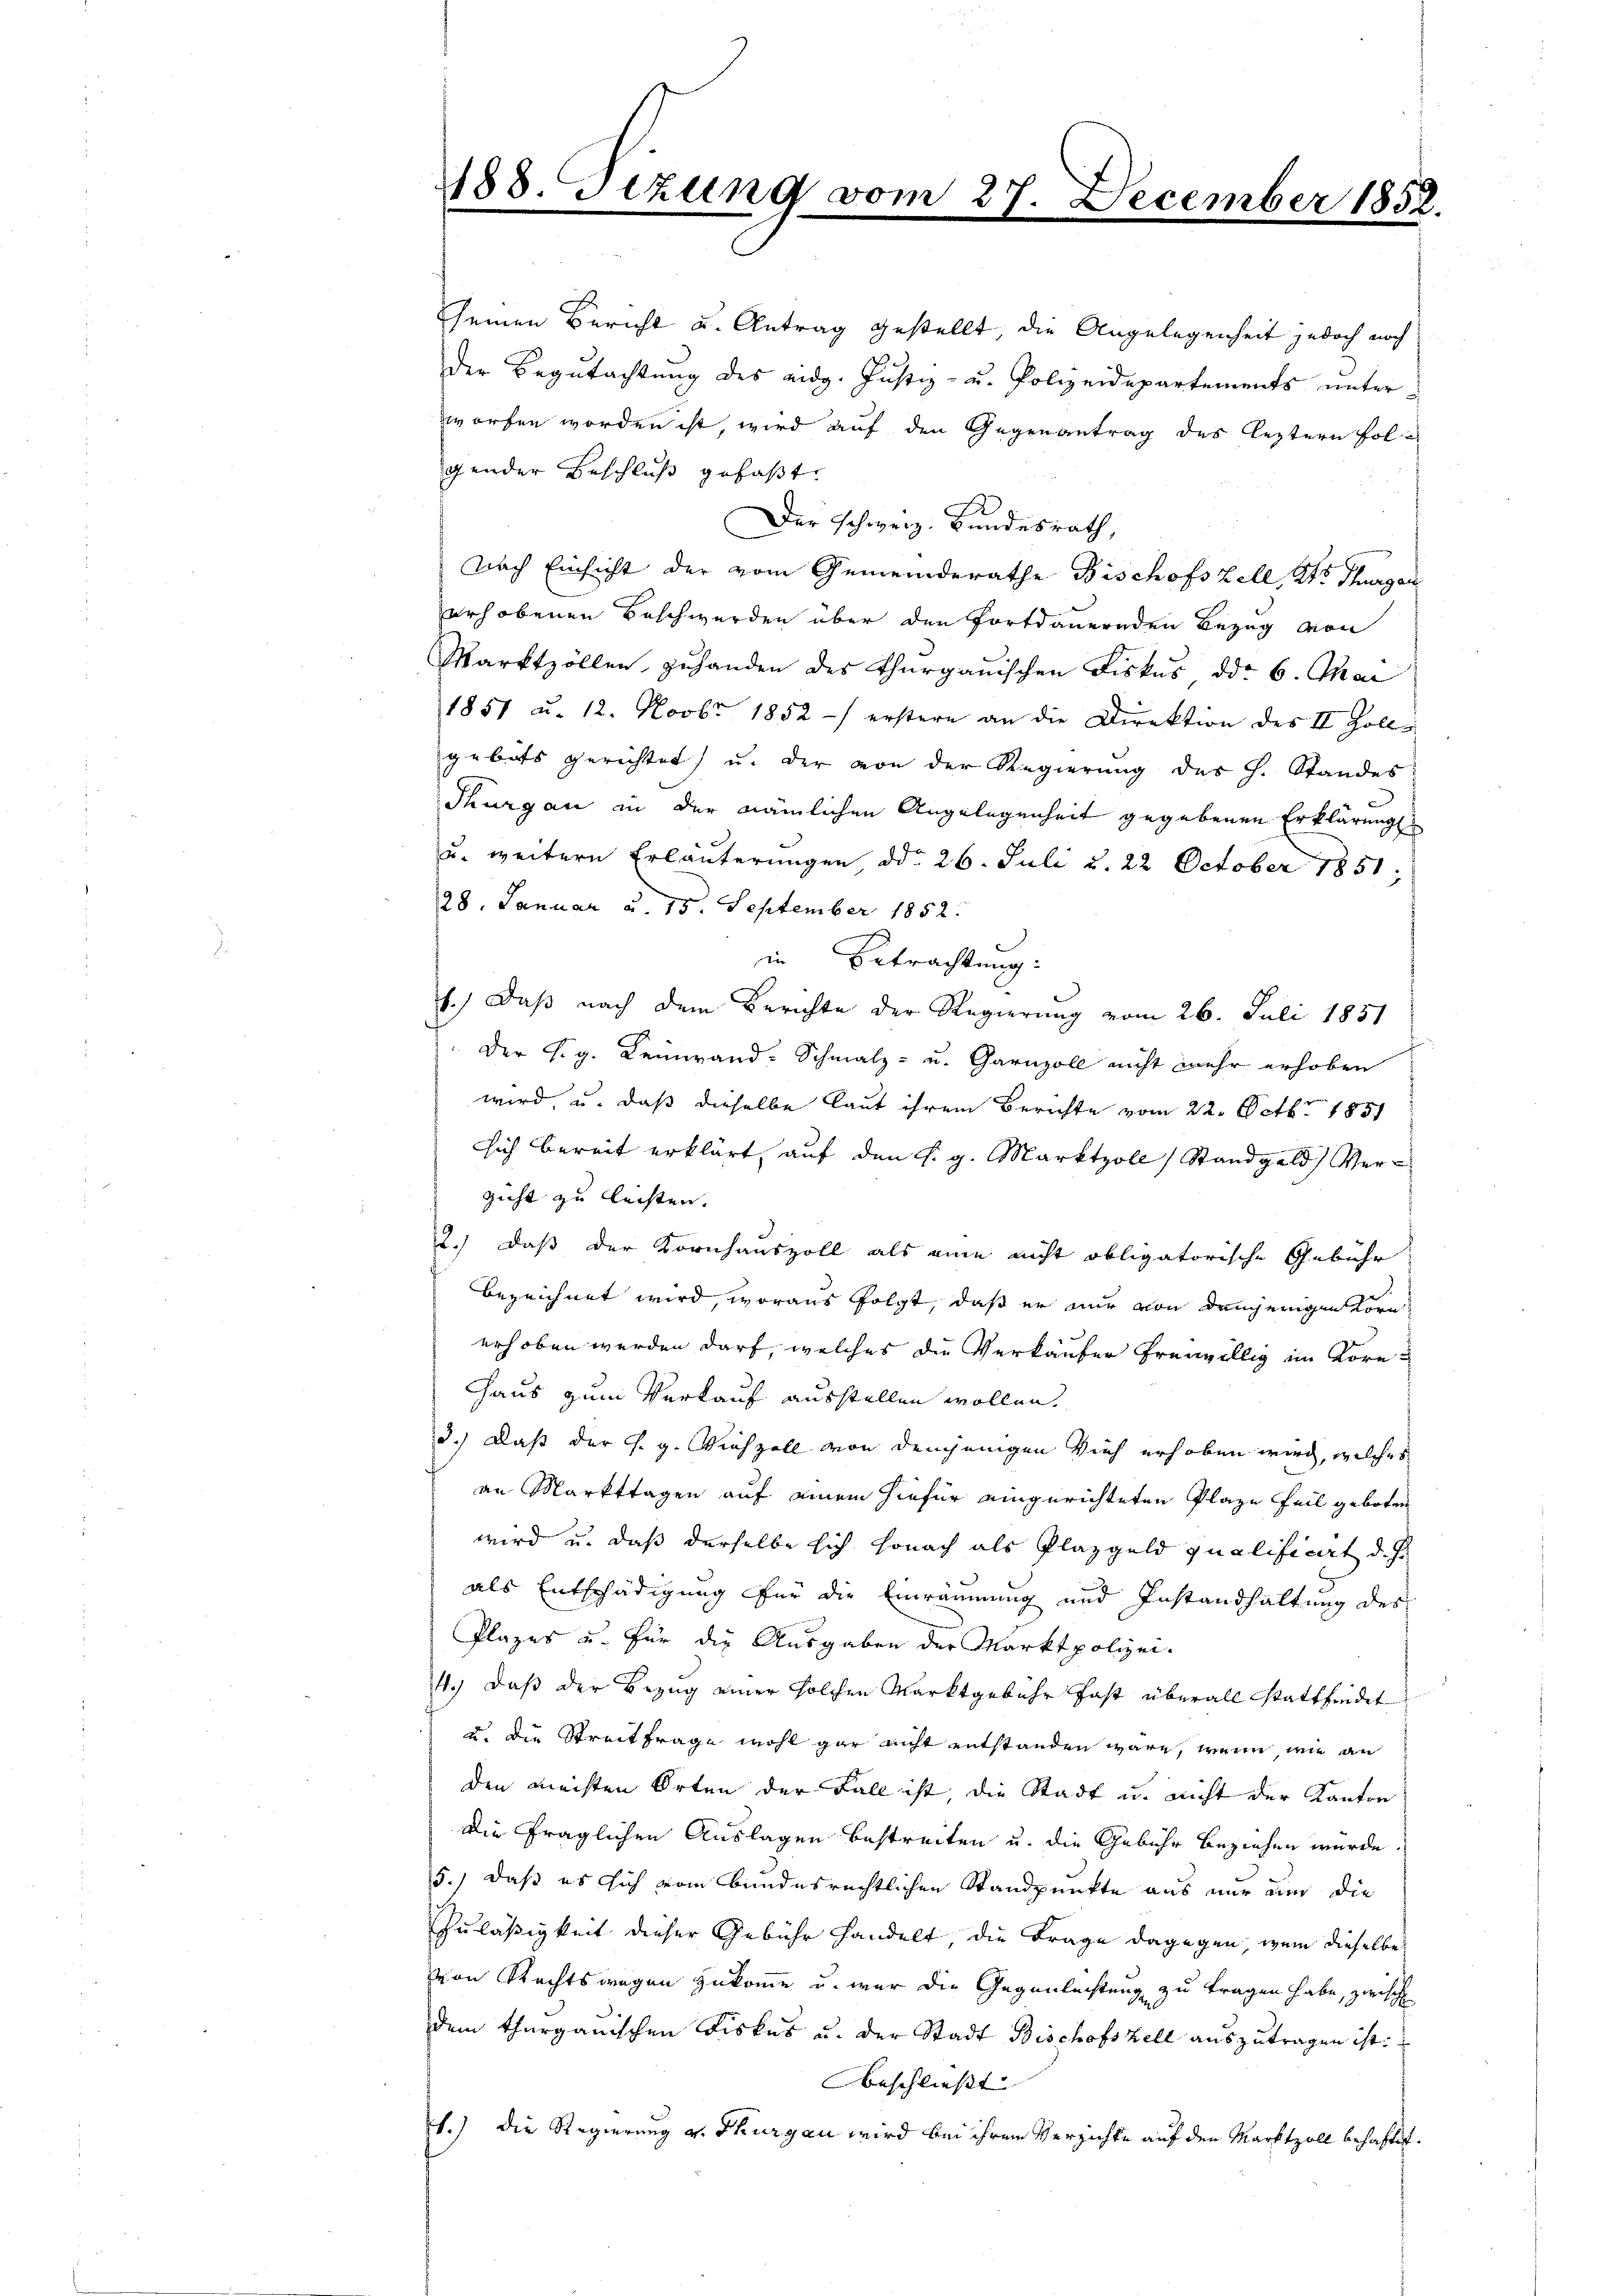
188. Sitzung vom 27. December 185.
f

seinen Bericht u. Antrag gestellt, die Angelegenheit jedoch noch
der Begutachtung des eidg. Justiz- u. Polizeidepartements unter
worfen worden ist, wird auf den Gegenantrag des leztern folgender Beschluß gefaßt.
Der Schweiz. Bundesrath,
Nach Einsicht der vom Gemeinderathe Bischofszell, Kts. Thurgau
erhobenen Beschwerden über den fortdauernden Bezug von
Marktzöllen zuhanden des Thurgauischen Fiskus ddo 6. Mai
1851 u. 12. Novbr. 1852 erstere an die Direktion des II Zoll
gebots gerichtet, u. der von der Regierung des h. Standes
Thurgau in der nämlichen Angelegenheit gegebenen Erklärung
u. weitern Erläuterungen ddo 26. Juli u. 22 October 1851.
28. Januar d. 15. September 1852.
in Betrachtung:
6.) Daß nach dem Berichte der Regierung vom 26. Juli 1851
Der s. g. Leinwand-Schmalz- u. Garnzoll nicht mehr erhoben
wird, u. daß dieselbe laut ihrem Berichte vom 22. Octbr. 1851
sich bereit erklärt, auf den s. g. Marktzoll Standgeld Verzicht zu leisten.
2.) daß der Kornhauszoll als eine nicht obligatorische Gebühr
bezeichnet wird, woraus folgt, daß er nur von demjenigen Kornerhoben werden darf, welches die Verkäufer freiwillig im Korn¬
Haus zum Verkauf ausstellen wollen.
3.) Daß der s. g. Viehzoll von demjenigen Vieh erhoben wird, welches
an Markttagen auf einem hiefür eingerichteten Plaze feil geboten
wird u. daß derselbe sich sonach als Plazgeld qualificirt d. J.
als Entschädigung für die Einräumung und Instandhaltung des
Plazes u. für die Ausgaben der Marktpolizei¬
4.) Daß der Bezug einer solchen Marktgebühr fast überall Stattfindet
u. die Streitfrage wohl gar nicht entstanden wäre, wenn wie an
den meisten Orten der Fall ist, die Stadt u. nicht der Kanton
die fraglichen Auslagen bestreiten u. die Gebühr beziehen wurde.
15.) daß es sich vom Bundesrechtlichen Standpunkte aus nur und die
Zuläßigkeit dieser Gebühr handelt die Frage dagegen wenn dieselbe
von Rechtswegen zukomme u. war die Gegenlachtung zu tragen habe, zwisch
dem Thurgauischen Fiskus u. der Stadt Bischofszell auszutragen ist.
beschließt |
1.) Die Regierung v. Thurgau wird bei ihrem Verzichte auf den Marktzoll behaftet.